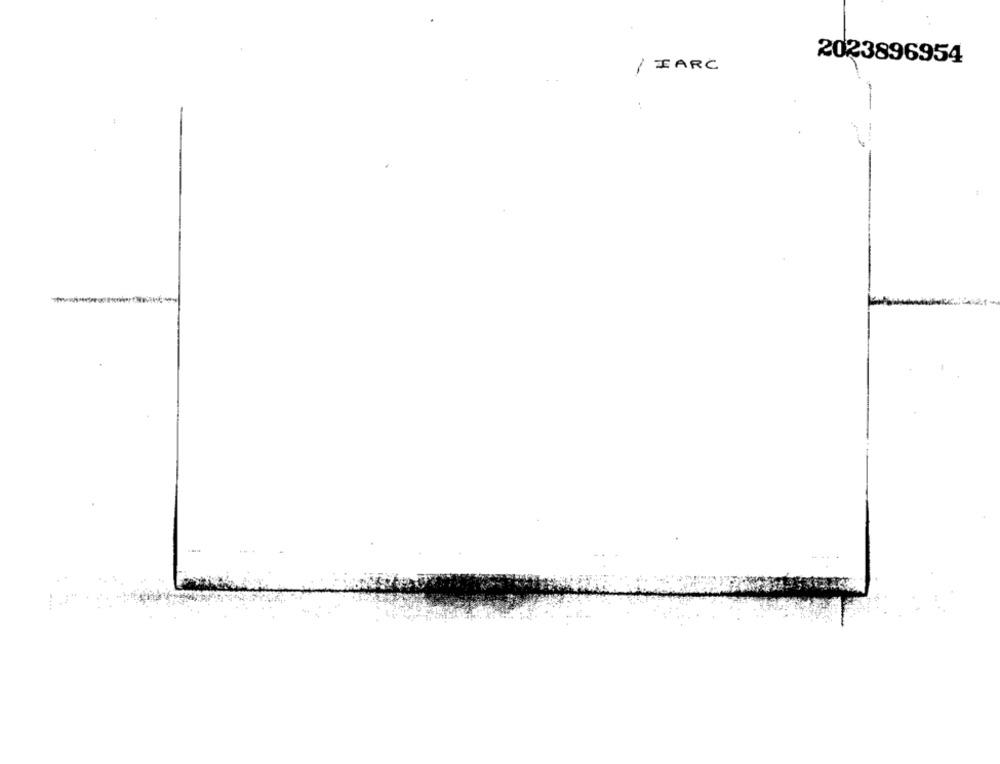
2023896954
/ I ARC